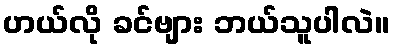
ဟယ်လို ခင်ဗျား ဘယ်သူပါလဲ။